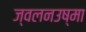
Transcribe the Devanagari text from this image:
ज्वलनउष्मा